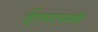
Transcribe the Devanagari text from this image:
ईएमएससी